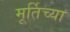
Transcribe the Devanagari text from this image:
मूर्तिच्या